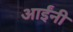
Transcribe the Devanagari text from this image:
आईंनी